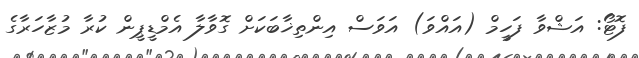
ފޮޓޯ: އަޝްވާ ފަހީމް (އައްވަ) އަވަސް އިންތިޚާބަކަށް ގޮވާލާ އެމްޑީޕީން ކުރާ މުޒާހަރާގެ